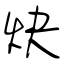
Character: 炔